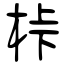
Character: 桛